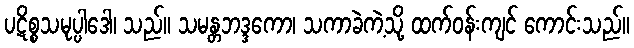
ပဋိစ္စသမုပ္ပါဒေါ၊ သည်။ သမန္တဘဒ္ဒကော၊ သကာခဲကဲ့သို့ ထက်ဝန်းကျင် ကောင်းသည်။